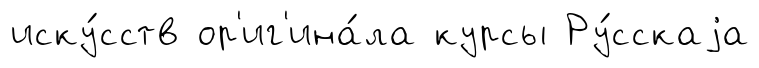
иску́сств ор'иг'ина́ла курсы Ру́сскаjа